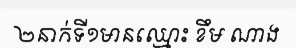
២នាក់ទី១មានឈ្មោះ ខឹម ណាង